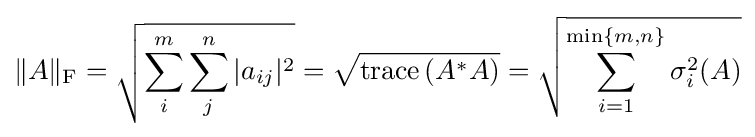
\|A\|_{\text{F}}={\sqrt {\sum _{i}^{m}\sum _{j}^{n}|a_{ij}|^{2}}}={\sqrt {\operatorname {trace} \left(A^{*}A\right)}}={\sqrt {\sum _{i=1}^{\min\{m,n\}}\sigma _{i}^{2}(A)}}